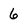
Character: 6